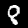
Digit: 8